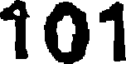
101